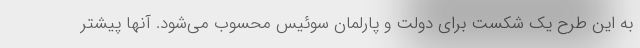
به این طرح یک شکست برای دولت و پارلمان سوئیس محسوب می‌شود. آنها پیشتر